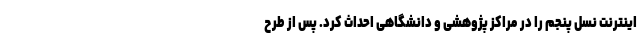
اینترنت نسل پنجم را در مراکز پژوهشی و دانشگاهی احداث کرد. پس از طرح